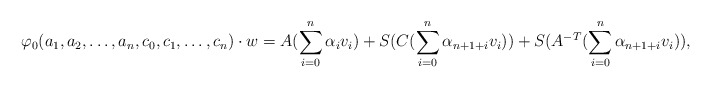
\begin{align*}\varphi_{0}(a_{1},a_{2},\ldots,a_{n},c_{0},c_{1},\ldots,c_{n})\cdot w=A(\sum_{i=0}^{n}\alpha_{i}v_{i})+S(C(\sum_{i=0}^{n}\alpha_{n+1+i}v_{i}))+S(A^{-T}(\sum_{i=0}^{n}\alpha_{n+1+i}v_{i})),\end{align*}